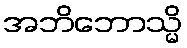
အဘိဘောသ္မိ